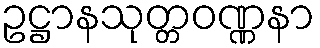
ဥဋ္ဌာနသုတ္တဝဏ္ဏနာ